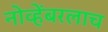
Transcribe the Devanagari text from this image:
नोव्हेंबरलाच